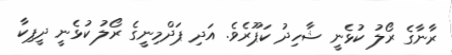
ރާނާގެ ރޯލު ކުޅެނީ ޝާހިދު ކަޕޫރެވެ. އަދި ޕަދްމިނީގެ ރޯލު ކުޅެނީ ދީޕިކާ